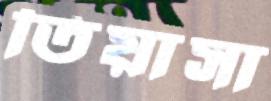
তিয়াসা